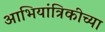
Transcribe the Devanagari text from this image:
आभियांत्रिकीच्या